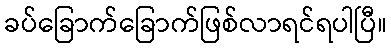
ခပ်ခြောက်ခြောက်ဖြစ်လာရင်ရပါပြီ။